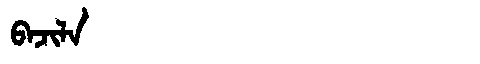
Manchu: ᠪᠠᠵᡳᠯᠠ
Romanization: BAJILA